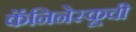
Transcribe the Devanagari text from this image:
कॅनिनेस्कूची